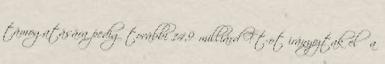
támogatására pedig további 14,9 milliárd Ft-ot irányoztak elő a